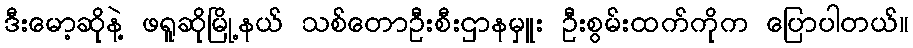
ဒီးမော့ဆိုနဲ့ ဖရူဆိုမြို့နယ် သစ်တောဦးစီးဌာနမှူး ဦးစွမ်းထက်ကိုက ပြောပါတယ်။